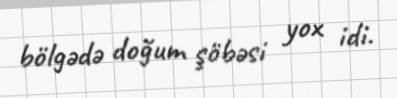
bölgədə doğum şöbəsi yox idi.